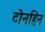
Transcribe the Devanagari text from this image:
टोनहिन